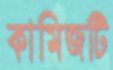
কামিজটি